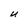
Character: U